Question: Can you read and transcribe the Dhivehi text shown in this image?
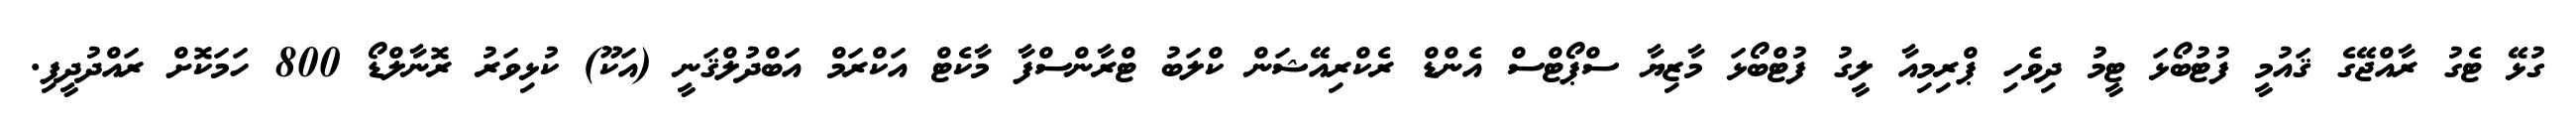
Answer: ގުޅޭ ޓެގު ރާއްޖޭގެ ޤައުމީ ފުޓުބޯޅަ ޓީމު ދިވެހި ޕްރިމިއާ ލީގު ފުޓްބޯޅަ މާޒިޔާ ސްޕޯޓްސް އެންޑް ރެކްރިއޭޝަން ކްލަބު ޓްރާންސްފާ މާކެޓް އަކްރަމް އަބްދުލްޤަނީ (އަކޫ) ކުޅިވަރު ރޮނާލްޑޯ 800 ހަމަކޮށް ރައްދުދީފި.